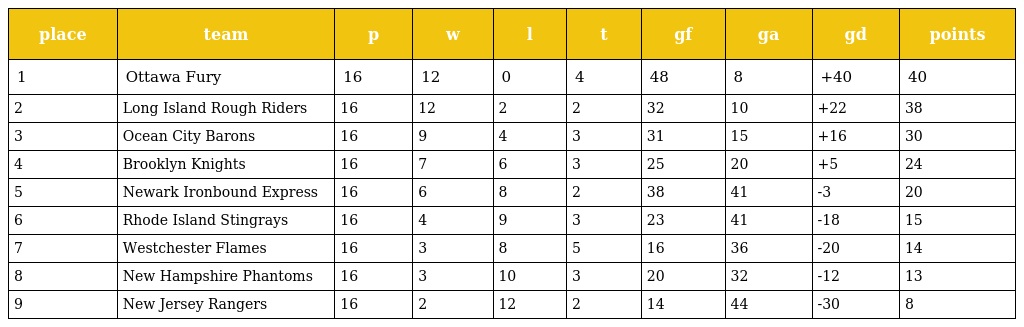
| place | team | p | w | l | t | gf | ga | gd | points |
 | --- | --- | --- | --- | --- | --- | --- | --- | --- | --- |
 | 1 | Ottawa Fury | 16 | 12 | 0 | 4 | 48 | 8 | +40 | 40 |
 | 2 | Long Island Rough Riders | 16 | 12 | 2 | 2 | 32 | 10 | +22 | 38 |
 | 3 | Ocean City Barons | 16 | 9 | 4 | 3 | 31 | 15 | +16 | 30 |
 | 4 | Brooklyn Knights | 16 | 7 | 6 | 3 | 25 | 20 | +5 | 24 |
 | 5 | Newark Ironbound Express | 16 | 6 | 8 | 2 | 38 | 41 | -3 | 20 |
 | 6 | Rhode Island Stingrays | 16 | 4 | 9 | 3 | 23 | 41 | -18 | 15 |
 | 7 | Westchester Flames | 16 | 3 | 8 | 5 | 16 | 36 | -20 | 14 |
 | 8 | New Hampshire Phantoms | 16 | 3 | 10 | 3 | 20 | 32 | -12 | 13 |
 | 9 | New Jersey Rangers | 16 | 2 | 12 | 2 | 14 | 44 | -30 | 8 |